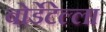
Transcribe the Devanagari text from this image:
बोर्डेटेल्ला